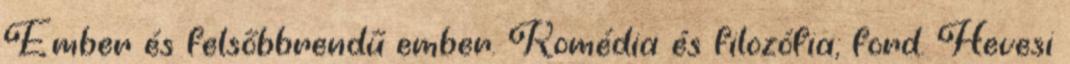
Ember és felsőbbrendű ember. Komédia és filozófia; ford. Hevesi